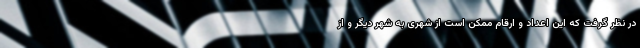
در نظر گرفت که این اعداد و ارقام ممکن است از شهری به شهر دیگر و از